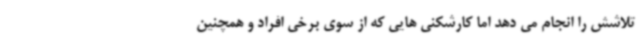
تلاشش را انجام می دهد اما کارشکنی هایی که از سوی برخی افراد و همچنین